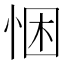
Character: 悃